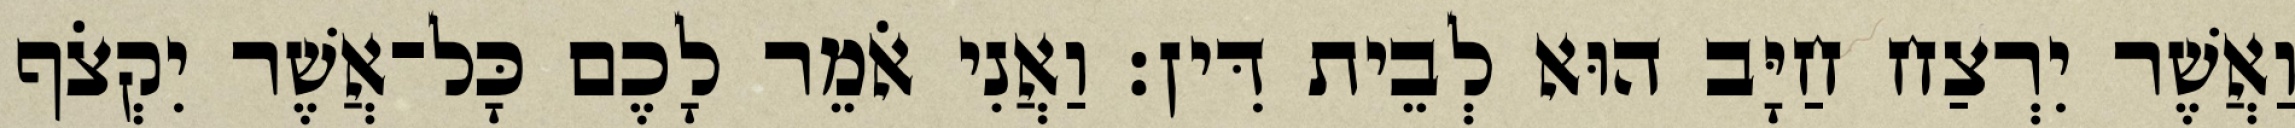
וַאֲשֶׁר יִרְצַח חַיָּב הוּא לְבֵית דִּין׃ וַאֲנִי אֹמֵר לָכֶם כָּל־אֲשֶׁר יִקְצֹף